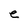
Character: e